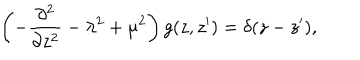
\left( - { \frac { \partial ^ { 2 } } { \partial z ^ { 2 } } } - \lambda ^ { 2 } + \mu ^ { 2 } \right) g ( z , z ^ { \prime } ) = \delta ( z - z ^ { \prime } ) ,